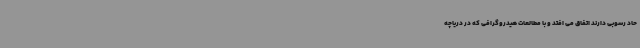
حاد رسوبی دارند اتفاق می افتد و با مطالعات هیدروگرافی که در دریاچه